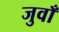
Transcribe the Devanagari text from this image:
जुवाँ